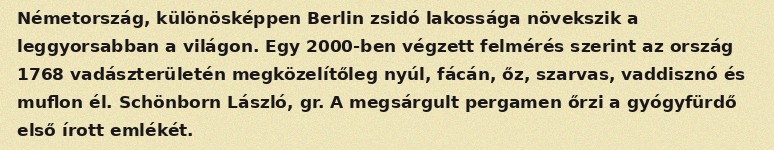
Németország, különösképpen Berlin zsidó lakossága növekszik a leggyorsabban a világon. Egy 2000-ben végzett felmérés szerint az ország 1768 vadászterületén megközelítőleg nyúl, fácán, őz, szarvas, vaddisznó és muflon él. Schönborn László, gr. A megsárgult pergamen őrzi a gyógyfürdő első írott emlékét.